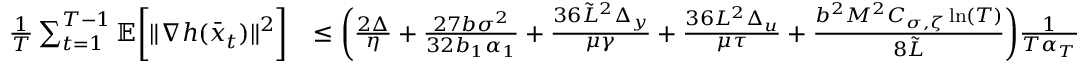
\begin{array} { r l } { \frac { 1 } { T } \sum _ { t = 1 } ^ { T - 1 } \mathbb { E } \bigg [ \| \nabla h ( \bar { x } _ { t } ) \| ^ { 2 } \bigg ] } & { \leq \bigg ( \frac { 2 \Delta } { \eta } + \frac { 2 7 b \sigma ^ { 2 } } { 3 2 b _ { 1 } \alpha _ { 1 } } + \frac { 3 6 \tilde { L } ^ { 2 } \Delta _ { y } } { \mu \gamma } + \frac { 3 6 L ^ { 2 } \Delta _ { u } } { \mu \tau } + \frac { b ^ { 2 } M ^ { 2 } C _ { \sigma , \zeta } \ln ( T ) } { 8 \tilde { L } } \bigg ) \frac { 1 } { T \alpha _ { T } } } \end{array}